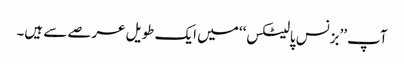
آپ ’’بزنس پالیٹکس‘‘ میں ایک طویل عرصے سے ہیں۔